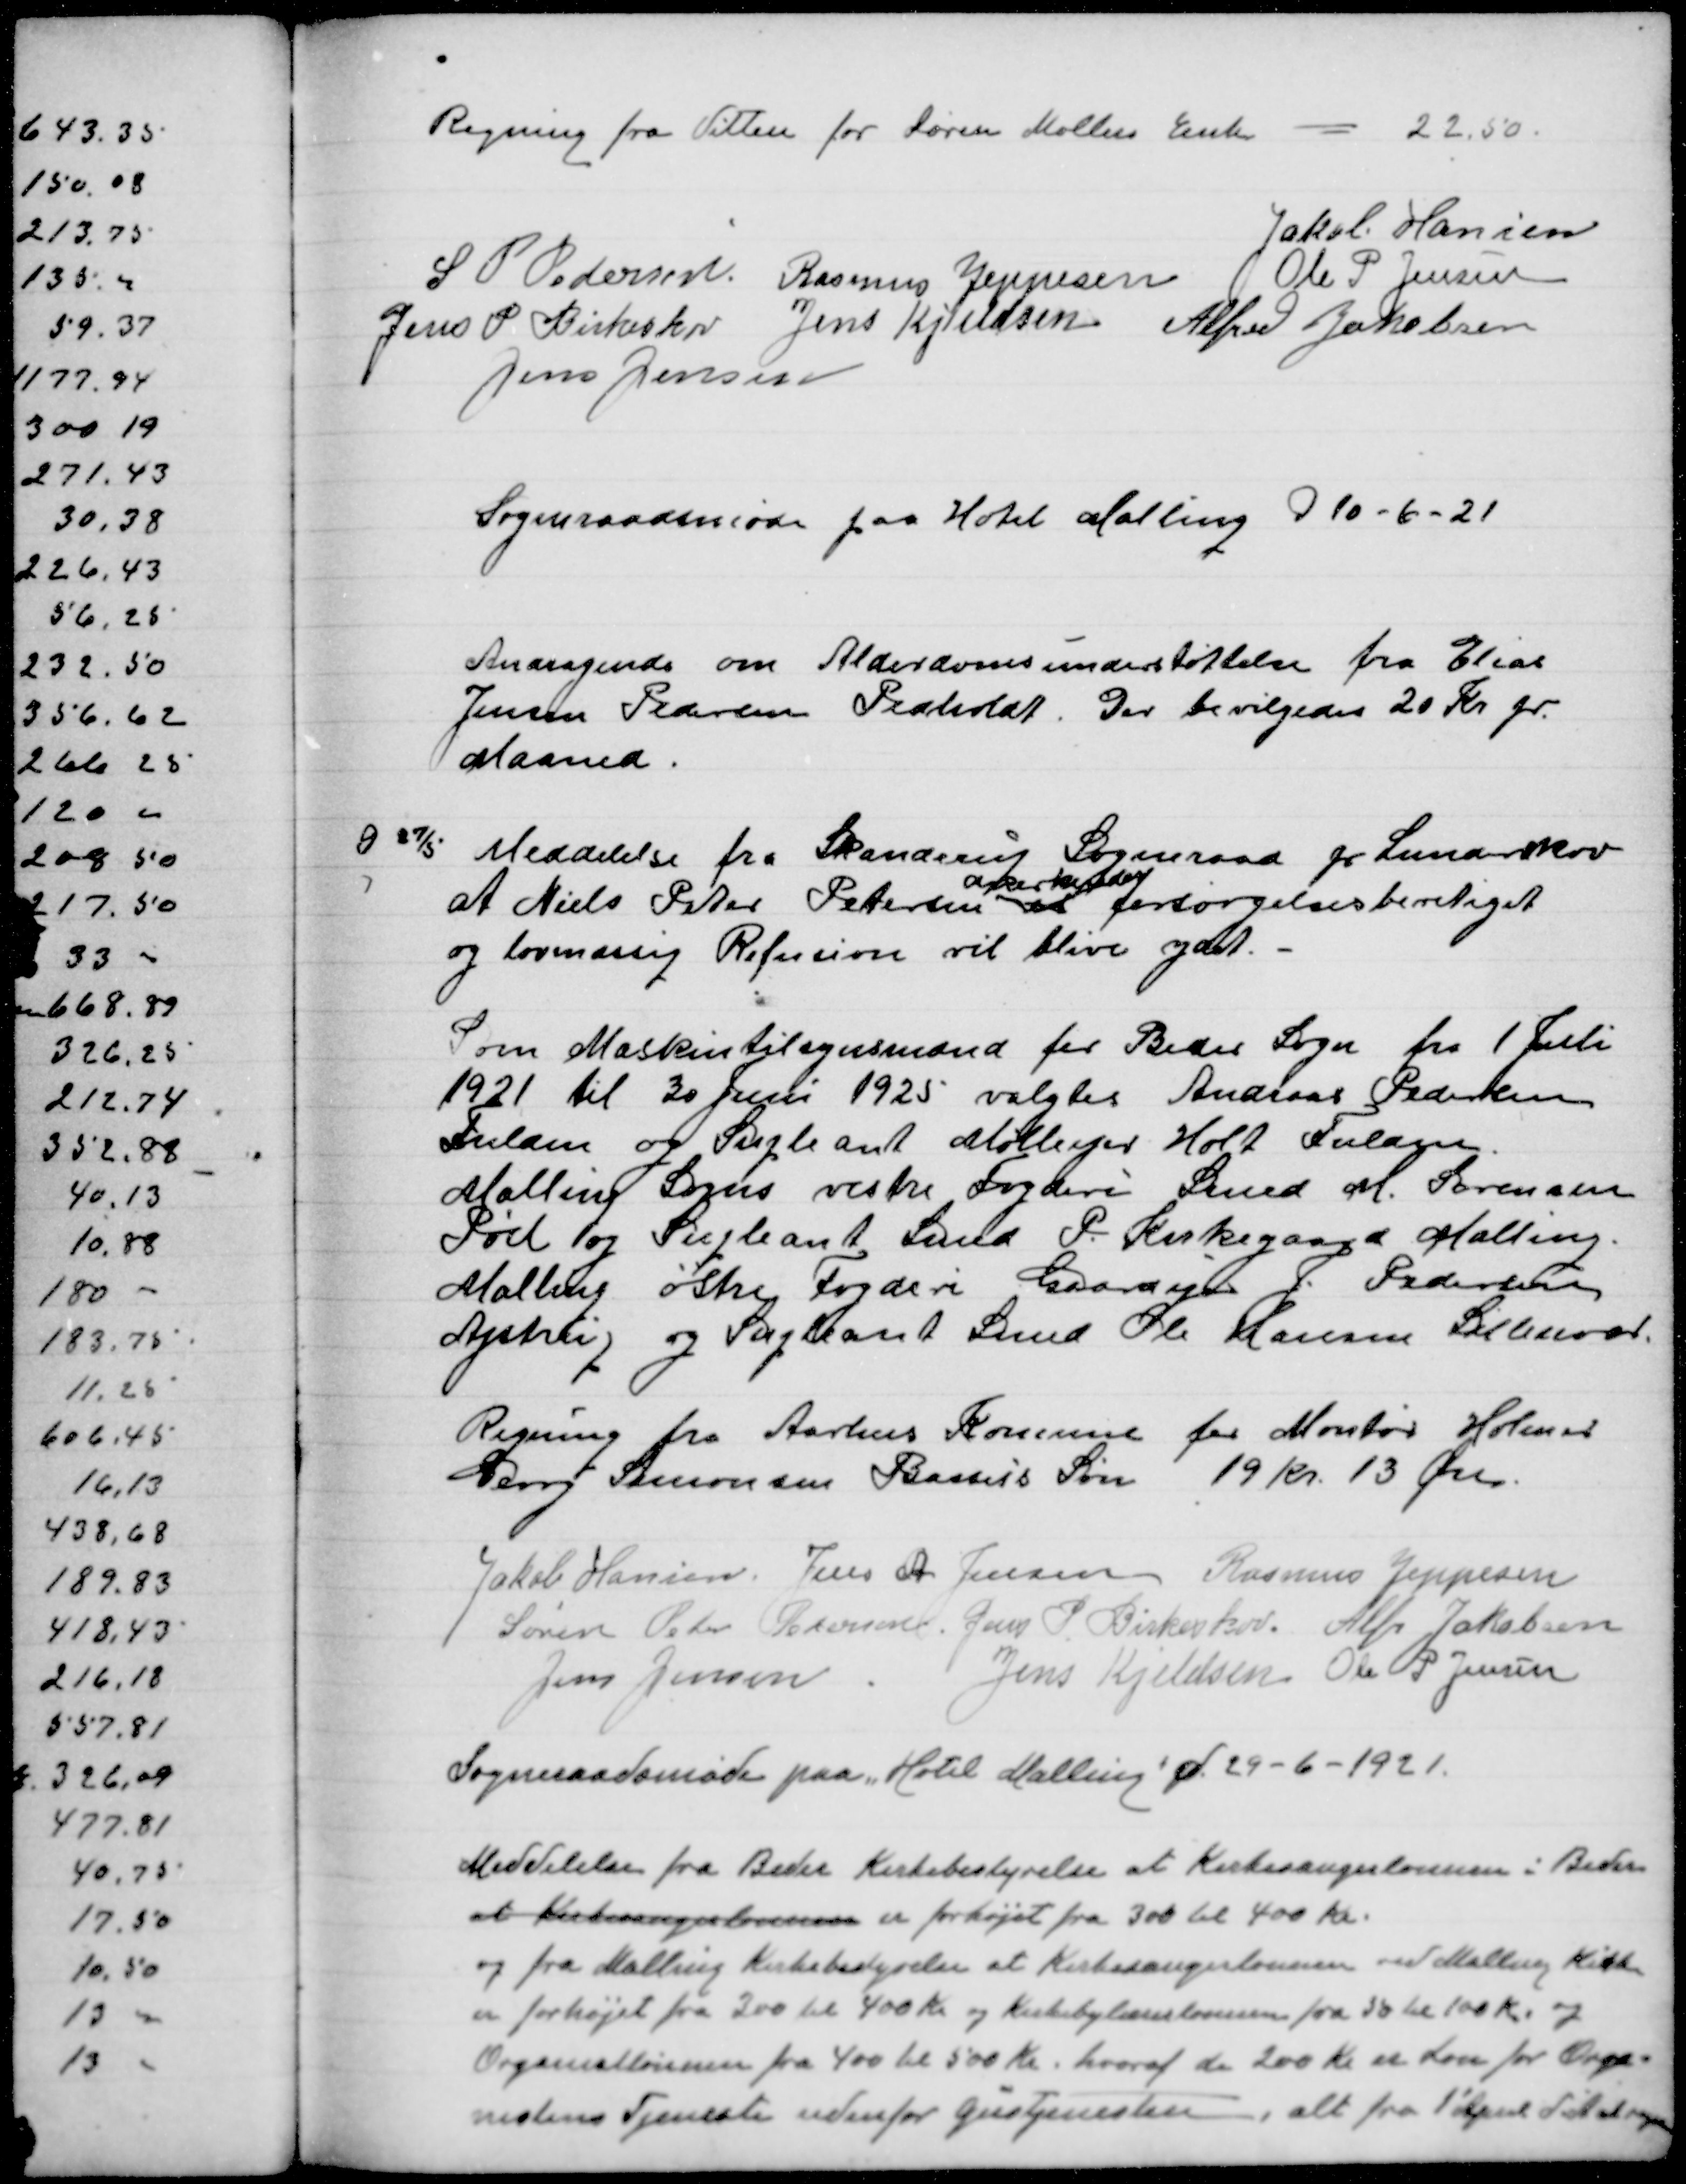
Transskription:
Regning fra Vitten for Søren Møllers Enke 22,50

Jakob Hansen
S P Pedersen
Rasmus Jeppesen
Ole P Jensen
Jens P Birkeskov
Jens Kjeldsen
Alfred Jakobsen
Jens Jensen

Sogneraadsmøde paa Hotel Malling d 10-6-21

Andragende om Alderdomsunderstøttelse fra Elias
Jensen Pedersen Pedholt. Der bevilgedes 20 Kr pr
Maaned

D 27/5 Meddelelse fra Skanderup Sogneraad pr Lunderskov
anerkendes
at Niels Peter Petersen forsørgelsesberetiget
og lovmæssig Refusion vil blive ydet.

Som Maskintilsynsmand for Beder Sogn fra 1 Juli
1921 til 30 Juni 1925 valgtes Andreas Pedersen
Fulden og Supleant Mølleejer Holt Fulden
Malling Sogns vestre Fogderi Smed M Sørensen
Pøel og Supleant Smed P Kirkegaard Malling
Malling østre Fogderi Gaardejer J Pedersen
Ajstrup og Supleant Smed Ole Hansen Lillenor
Regning fra Aarhus Kommune for Montør Helmer
Krog Simonsen Basses's Søn 19 Kr 13 Øre
Jakob Hansen
Jens A Jensen
Rasmus Jeppesen
Søren Peder Pedersen
Jens P Birkeskov
Alfr Jakobsen
Jens Jensen
Jens Kjeldsen
Ole P Jensen
Sogneraadsmøde paa Hotel Malling d. 29-6-1921
Meddelelse fra Beder Kirkebestyrelse at Kirkesangerlønnen i Beder
at Kirkesangerlønnen er forhøjet fra 300 til 400 Kr
og fra Malling Kirkebestyrelse at Kirkesangerlønnen ved Malling Kirke
er forhøjet fra 300 til 400 Kr og Kirkebylærerlønnen fra 50 til 100 Kr og
Organistlønnen fra 400 til 500 Kr hvoraf de 200 Kr er Løn for Orga=
nistrens Tjeneste udenfor Gudstjenesten i alt fra 1' April d.A. at regne